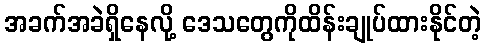
အခက်အခဲရှိနေလို့ ဒေသတွေကိုထိန်းချုပ်ထားနိုင်တဲ့